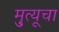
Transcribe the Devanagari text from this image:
मृुत्यूचा